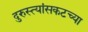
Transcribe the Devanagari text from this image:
दुरुस्त्यांसकटच्या